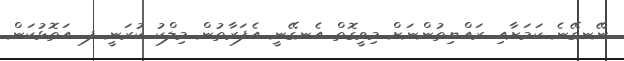
ނޭނގޭނެ ކަމަށާއި ރައްޔިތުންނަށް މިވީގޮތް އެނގޭނީ އެފަރާތުން މިލްކު ކުރަނީ ފ. އަތޮޅުކަން